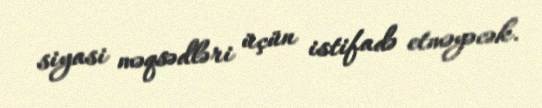
siyasi məqsədləri üçün istifadə etməyəcək.